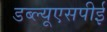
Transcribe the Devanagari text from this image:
डब्ल्यूएसपीई